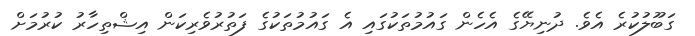
ގަބޫލުކުރެ އެވެ. ދުނިޔޭގެ އެހެން ގައުމުތަކުގައި އެ ގައުމުތަކުގެ ފަތުރުވެރިކަން އިޝްތިހާރު ކުރުމަށް